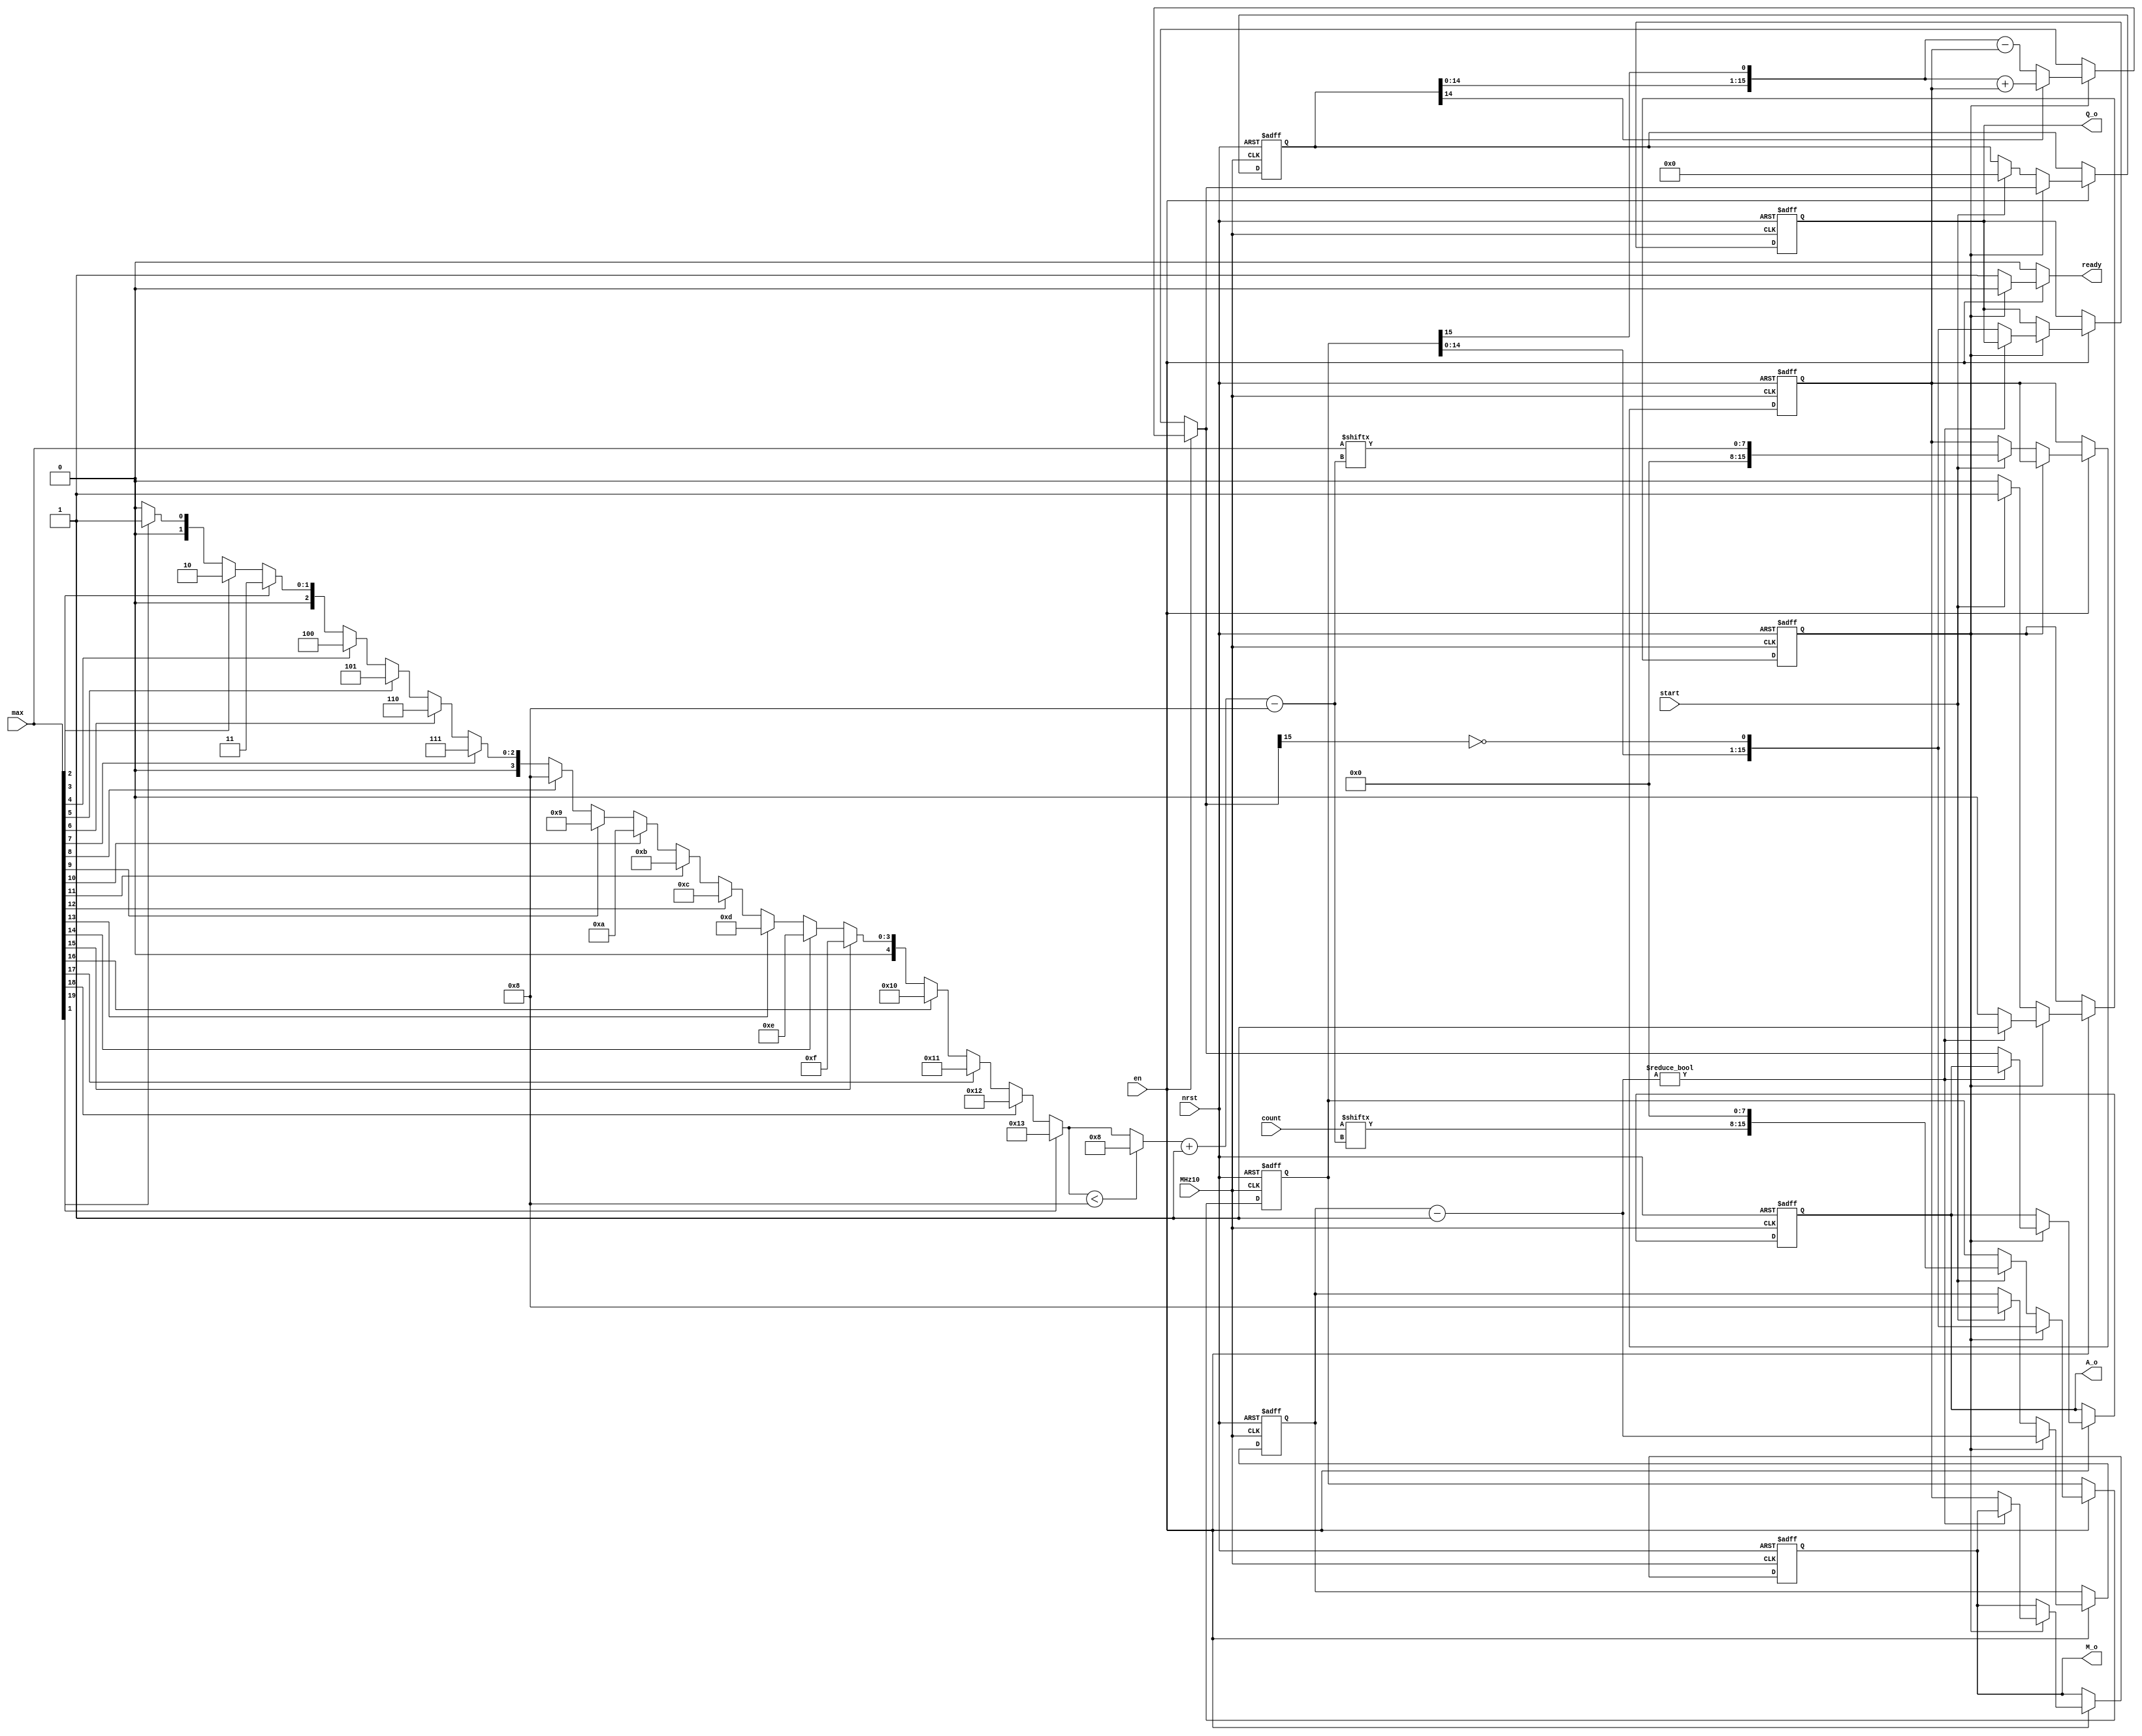
module norm_in (
	MHz10,
	nrst,
	en,
	start,
	count,
	max,
	A_o,
	Q_o,
	M_o,
	ready
);
	reg _sv2v_0;
	parameter S = 8;
	parameter D = 8;
	input wire MHz10;
	input wire nrst;
	input wire en;
	input wire start;
	input wire [19:0] count;
	input wire [19:0] max;
	output reg [S + 7:0] A_o;
	output reg [S + 7:0] Q_o;
	output reg [S + 7:0] M_o;
	output reg ready;
	localparam READY = 0;
	localparam DIVIDE = 1;
	reg state;
	reg next_state;
	reg [S + 7:0] A;
	reg [S + 7:0] next_A;
	reg [S + 7:0] Q;
	reg [S + 7:0] next_Q;
	reg [S + 7:0] M;
	reg [S + 7:0] next_M;
	reg [S + 7:0] next_A_o;
	reg [S + 7:0] next_Q_o;
	reg [S + 7:0] next_M_o;
	reg [$clog2(S + 8) - 1:0] i;
	reg [$clog2(S + 8) - 1:0] next_i;
	reg [4:0] start_index;
	reg [S - 1:0] new_count;
	reg [S - 1:0] new_max;
	always @(posedge MHz10 or negedge nrst)
		if (!nrst) begin
			{A_o, Q_o, M_o} <= 0;
			state <= READY;
			{A, Q, M, i} <= 0;
		end
		else begin
			{A_o, Q_o, M_o} <= {next_A_o, next_Q_o, next_M_o};
			state <= next_state;
			{A, Q, M, i} <= {next_A, next_Q, next_M, next_i};
		end
	always @(*) begin
		if (_sv2v_0)
			;
		{next_A_o, next_Q_o, next_M_o} = {A_o, Q_o, M_o};
		next_state = state;
		{next_A, next_Q, next_M, next_i} = {A, Q, M, i};
		ready = 0;
		start_index = 0;
		new_count = 0;
		new_max = 0;
		if (en) begin
			begin : sv2v_autoblock_1
				integer j;
				for (j = 0; j <= 19; j = j + 1)
					start_index = (max[j] == 1 ? j[4:0] : start_index);
			end
			start_index = (start_index < S ? S : start_index);
			new_count = count[start_index-:S];
			new_max = max[start_index-:S];
			if (state == READY) begin
				ready = 1'b1;
				next_state = READY;
				if (start) begin
					next_A = 0;
					next_Q = {new_count, 8'b00000000};
					next_M = {8'b00000000, new_max};
					next_i = D;
					next_state = DIVIDE;
				end
			end
			else if (state == DIVIDE) begin
				{next_A, next_Q} = {A[S + 6:0], Q, 1'b0};
				if (next_A[S + 7])
					next_A = next_A + M;
				else
					next_A = next_A - M;
				next_Q[0] = !next_A[S + 7];
				next_i = i - 1;
				if (next_i != 0)
					next_state = DIVIDE;
				else begin
					next_A_o = next_A;
					next_Q_o = next_Q;
					next_M_o = next_M;
					next_state = READY;
				end
			end
		end
	end
	initial _sv2v_0 = 0;
endmodule